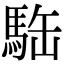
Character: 𩢿